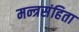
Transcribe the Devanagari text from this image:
मन्त्रसंहिता